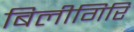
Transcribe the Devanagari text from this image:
बिलीगिरि